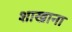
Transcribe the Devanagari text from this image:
शाखाना